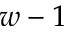
w - 1